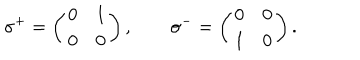
\sigma ^ { + } = \left( \begin{matrix} { { 0 } } & { { 1 } } \\ { { 0 } } & { { 0 } } \\ \end{matrix} \right) , \qquad \sigma ^ { - } = \left( \begin{matrix} { { 0 } } & { { 0 } } \\ { { 1 } } & { { 0 } } \\ \end{matrix} \right) .